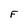
Character: F